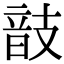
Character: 𢻕